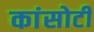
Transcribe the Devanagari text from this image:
कांसोटी